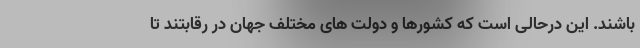
باشند. این درحالی است که کشورها و دولت های مختلف جهان در رقابتند تا